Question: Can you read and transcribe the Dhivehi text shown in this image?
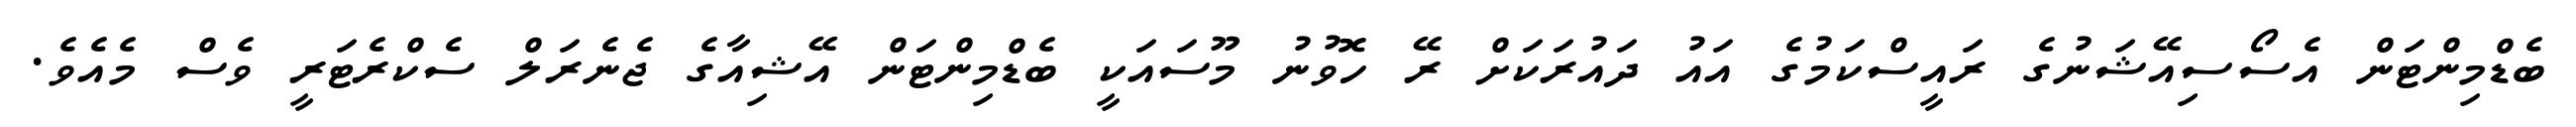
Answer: ބެޑްމިންޓަން އެސޯސިއޭޝަނުގެ ރައީސްކަމުގެ އައު ދައުރަކަށް ރޭ ހޮވުނު މޫސައަކީ ބެޑްމިންޓަން އޭޝިއާގެ ޖެނެރަލް ސެކްރެޓަރީ ވެސް މެއެވެ.